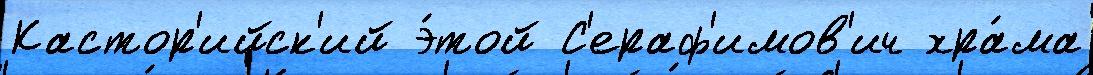
Кастор'ийск'ий э́той С'ераф'имов'ич хра́ма